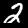
Digit: 2